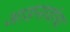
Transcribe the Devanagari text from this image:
आडनावांचा